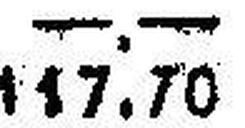
117.70